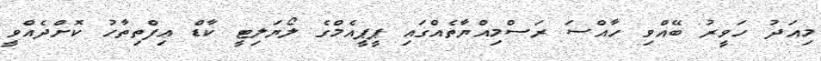
މިއަދު ހަވީރު ބޭއްވި ހާއްސަ ރަސްމިއްޔާތެއްގައި ޕީޕީއެމްގެ ލޯޔަލިޓީ ކާޑް އިފްތިތާހު ކޮށްދެއްވީ